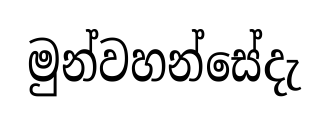
මුන්වහන්සේදැ